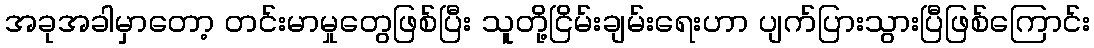
အခုအခါမှာတော့ တင်းမာမှုတွေဖြစ်ပြီး သူတို့ငြိမ်းချမ်းရေးဟာ ပျက်ပြားသွားပြီဖြစ်ကြောင်း